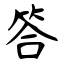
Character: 答